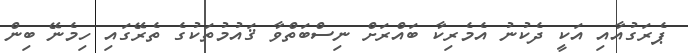
ޕެރަގުއާއި އަކީ ދެކުނު އެމެރިކާ ބައްރަށް ނިސްބަތްވާ ޤައުމުތަކުގެ ތެރޭގައި ހިމެނޭ ބިން